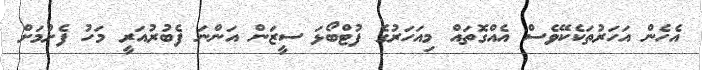
އެހެން އަހަރުތަކެކޭވެސް އެއްގޮތައް މިއަހަރުގެ ފުޓްބޯޅަ ސީޒަން އަންނަ ފެބުރުއަރީ މަހު ފެށުމަށް